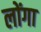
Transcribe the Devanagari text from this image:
लोंगा